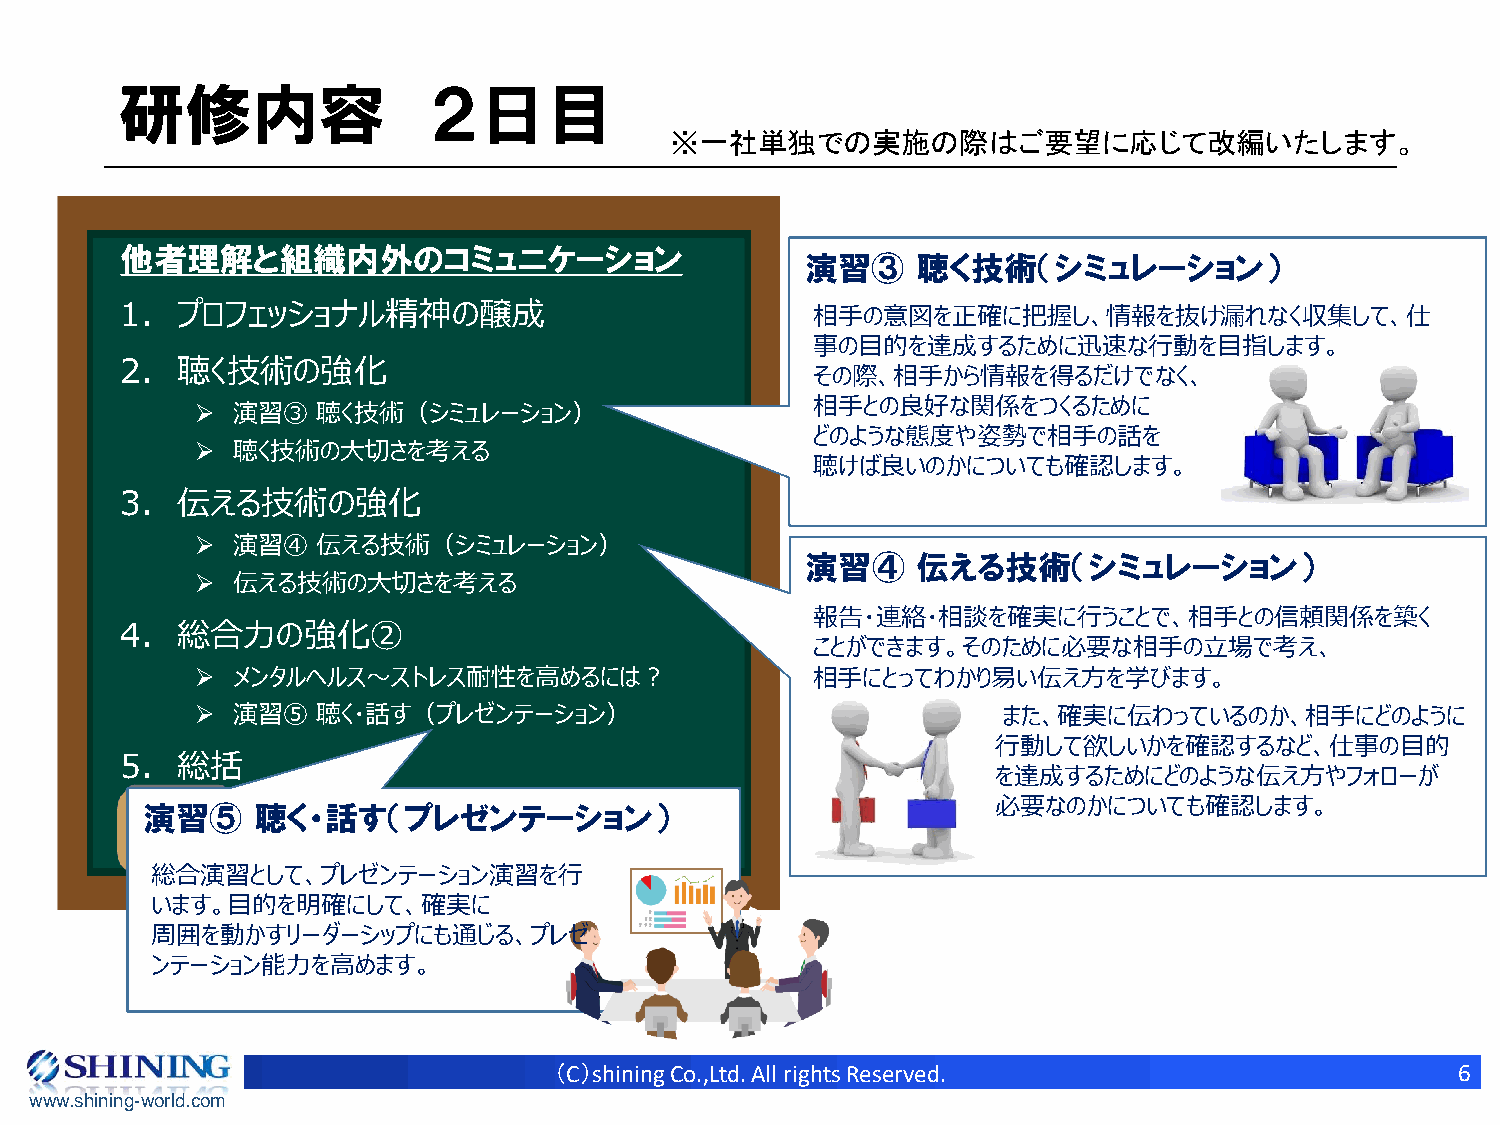
研修内容                ２日目
 ※一社単独での実施の際はご要望に応じて改編いたします。
 他者理解と組織内外のコミュニケーション
 演習③     聴く技術（シミュレーション）
 1.  プロフェッショナル精神の醸成                            相手の意図を正確に把握し、情報を抜け漏れなく収集して、仕
 事の目的を達成するために迅速な行動を目指します。
 2.  聴く技術の強化
 その際、相手から情報を得るだけでなく、
 相手との良好な関係をつくるために
 ➢ 演習③   聴く技術（シミュレーション）
 どのような態度や姿勢で相手の話を
 ➢ 聴く技術の大切さを考える
 聴けば良いのかについても確認します。
 3.  伝える技術の強化
 ➢ 演習④   伝える技術（シミュレーション）
 演習④     伝える技術（シミュレーション）
 ➢ 伝える技術の大切さを考える
 報告・連絡・相談を確実に行うことで、相手との信頼関係を築く
 4.  総合力の強化②
 ことができます。そのために必要な相手の立場で考え、
 ➢ メンタルヘルス～ストレス耐性を高めるには？                  相手にとってわかり易い伝え方を学びます。
 ➢ 演習⑤   聴く・話す（プレゼンテーション）                             また、確実に伝わっているのか、相手にどのように
 行動して欲しいかを確認するなど、仕事の目的
 5.  総括
 を達成するためにどのような伝え方やフォローが
 必要なのかについても確認します。
 演習⑤     聴く・話す（プレゼンテーション）
 総合演習として、プレゼンテーション演習を行
 います。目的を明確にして、確実に
 周囲を動かすリーダーシップにも通じる、プレゼ
 ンテーション能力を高めます。
 （C）shining Co.,Ltd. All rights Reserved.                    6
 www.shining-world.com